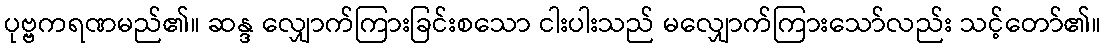
ပုဗ္ဗကရဏမည်၏။ ဆန္ဒ လျှောက်ကြားခြင်းစသော ငါးပါးသည် မလျှောက်ကြားသော်လည်း သင့်တော်၏။